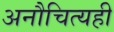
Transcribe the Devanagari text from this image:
अनौचित्यही